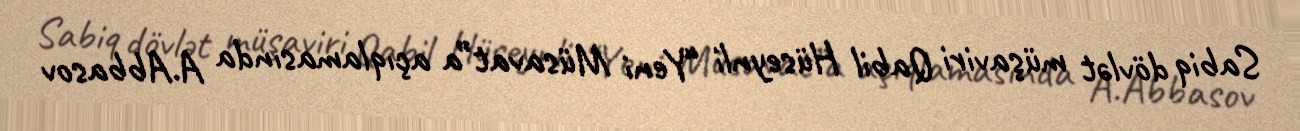
Sabiq dövlət müşaviri Qabil Hüseynli “Yeni Müsavat”a açıqlamasında A.Abbasov